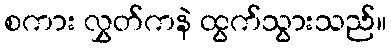
စကား လွှတ်ကနဲ ထွက်သွားသည်။